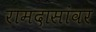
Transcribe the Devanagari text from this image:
रामदासांवर